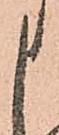
申